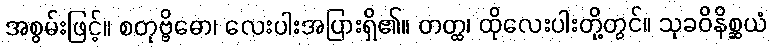
အစွမ်းဖြင့်။ စတုဗ္ဗိဓော၊ လေးပါးအပြားရှိ၏။ တတ္ထ၊ ထိုလေးပါးတို့တွင်။ သုခဝိနိစ္ဆယံ